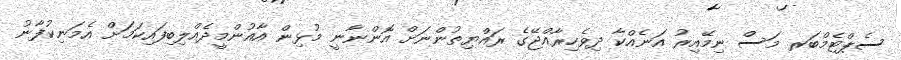
ސެޕްޓެމްބަރ މަސް ނިމޭއިރު އަނެއްކާ ދިވެހިރާއްޖޭގެ ރައްޔިތުންނަށް އޮންނާނީ މުޅިން އާއުންމީދެއްލިބިފައިކަމަށް އެމަނިކުފާނު